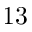
\boldsymbol { 1 3 }